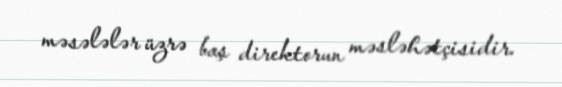
məsələlər üzrə baş direktorun məsləhətçisidir.